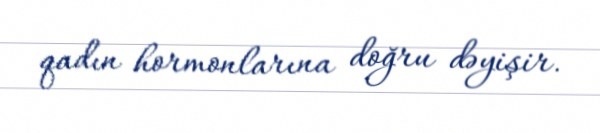
qadın hormonlarına doğru dəyişir.